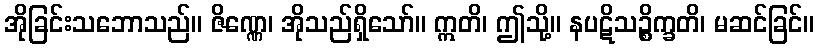
အိုခြင်းသဘောသည်။ ဇိဏ္ဏေ၊ အိုသည်ရှိသော်။ ဣတိ၊ ဤသို့။ နပဋိသဉ္စိက္ခတိ၊ မဆင်ခြင်။